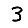
Digit: 3